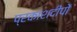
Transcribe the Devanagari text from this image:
प्रकाशदीपों